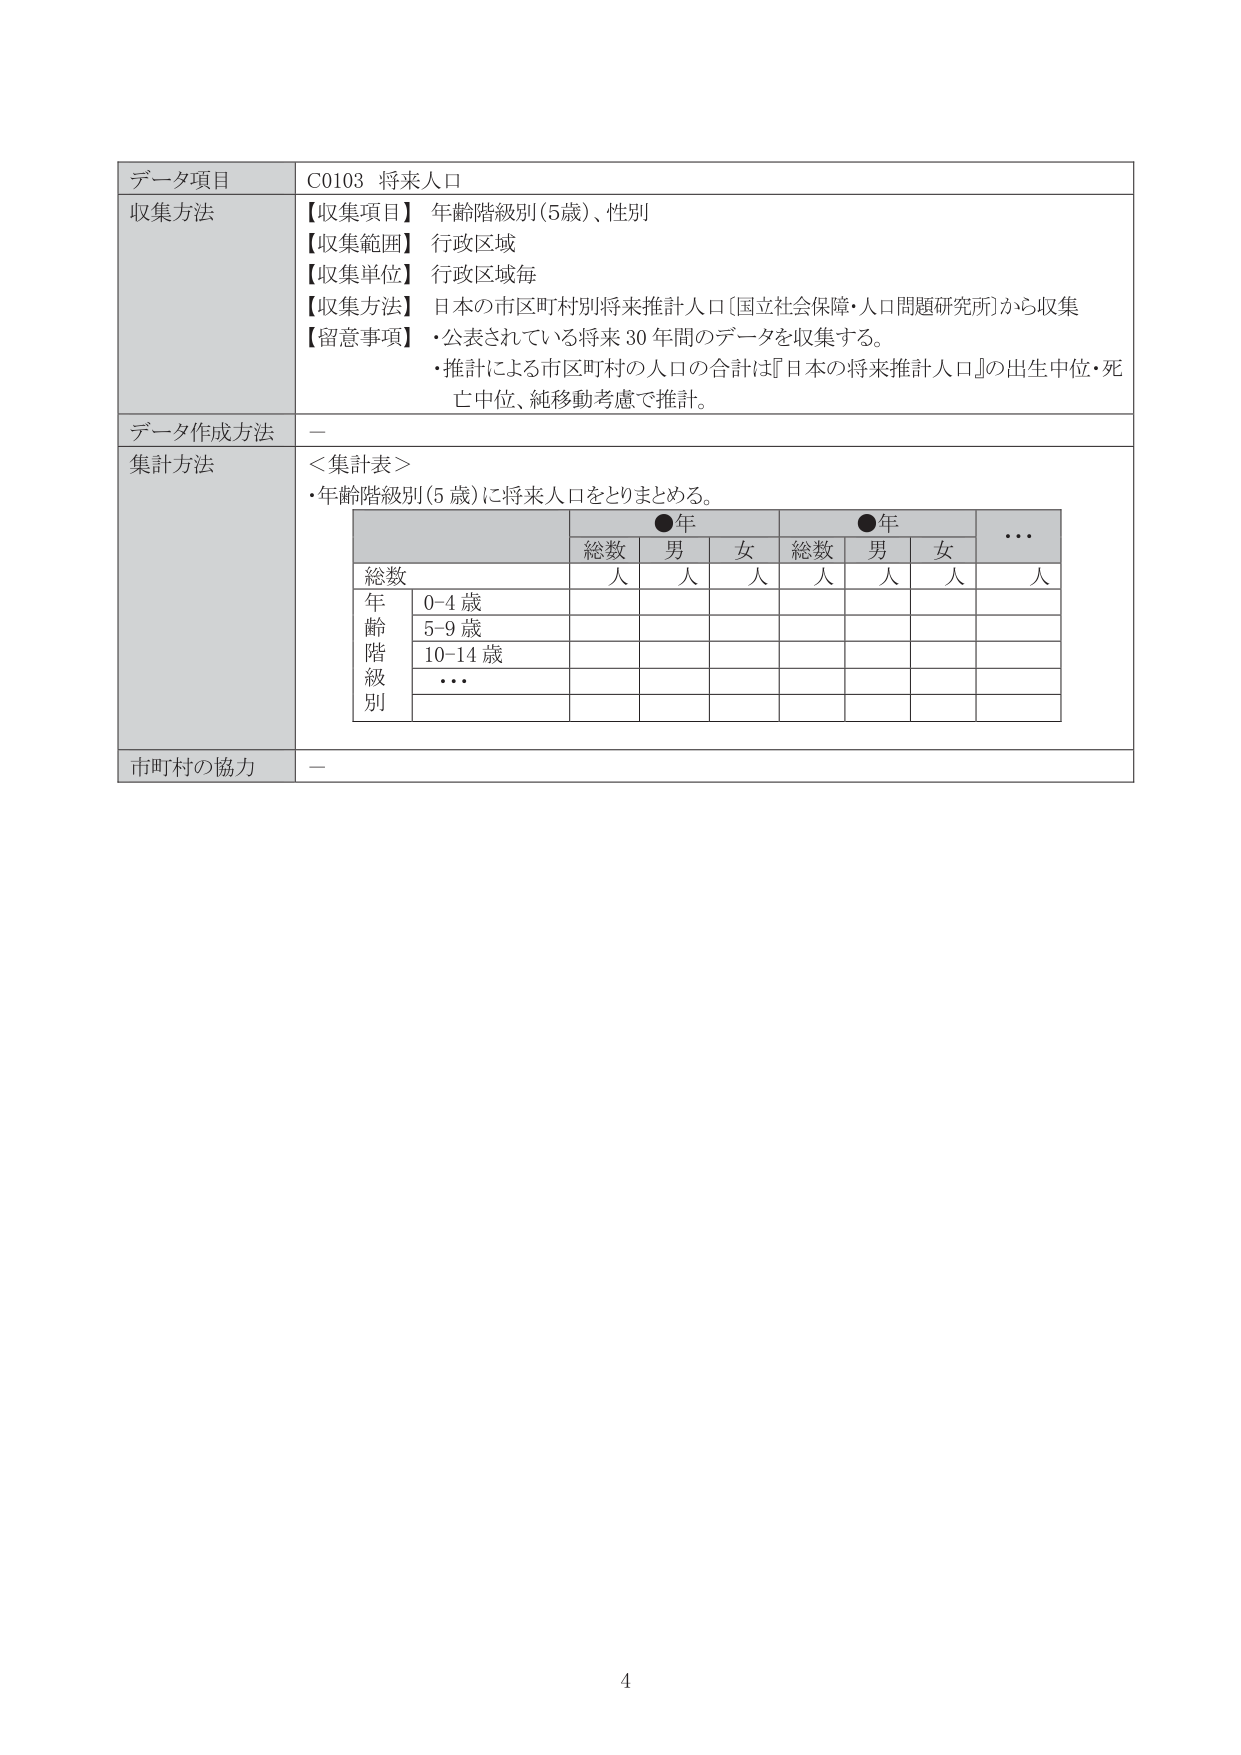
データ項目　C0103 将来人口
収集方法
【収集項目】 年齢階級別（5歳）、性別
【収集範囲】 行政区域
【収集単位】 行政区域毎
【収集方法】 日本の市区町村別将来推計人口〔国立社会保障・人口問題研究所〕から収集
【留意事項】 ・公表されている将来30年間のデータを収集する。
　　　　　　・推計による市区町村の人口の合計は『日本の将来推計人口』の出生中位・死亡中位、純移動考慮で推計。

データ作成方法　－

集計方法
＜集計表＞
・年齢階級別（5歳）に将来人口をとりまとめる。

　　　　　　　　　　　●年　　　　　　　　●年　　　　　　　　…
　　　　　　　　　総数　男　女　　総数　男　女　　　　　　人
総数　　　　　　　人　人　人　　人　人　人　　　　　　人
年齢階級別　　0-4歳
　　　　　　　　5-9歳
　　　　　　　　10-14歳
　　　　　　　　…

市町村の協力　－

4